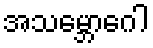
အသမ္ဘောဂေါ